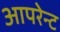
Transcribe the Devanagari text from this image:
आपरेन्ट